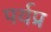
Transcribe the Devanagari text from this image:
पर्यप्र